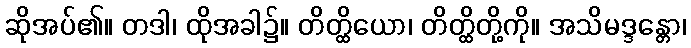
ဆိုအပ်၏။ တဒါ၊ ထိုအခါ၌။ တိတ္ထိယော၊ တိတ္ထိတို့ကို။ အသိမဒ္ဒန္တော၊